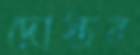
দোস্তর